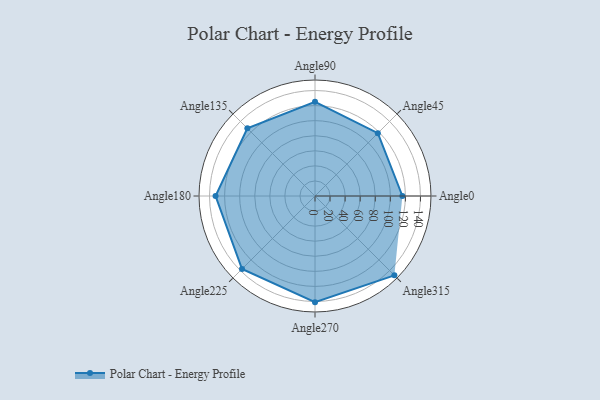
{"axis": {"x": "Angle", "y": "Radius"}, "legend": [""], "data": [{"x": "Angle0", "y": 116.0, "type": ""}, {"x": "Angle45", "y": 118.0, "type": ""}, {"x": "Angle90", "y": 125.0, "type": ""}, {"x": "Angle135", "y": 127.0, "type": ""}, {"x": "Angle180", "y": 132.0, "type": ""}, {"x": "Angle225", "y": 137.0, "type": ""}, {"x": "Angle270", "y": 141.0, "type": ""}, {"x": "Angle315", "y": 149.0, "type": ""}]}